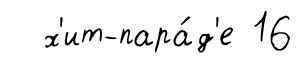
х'ит-пара́д'е 16